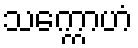
သက္ကောဟံ